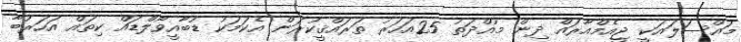
މައްސަލައަކީ ޖީއެމްއާރައް ދިން މުއްދަތު 25އަހަރު ތަރައްޤީކުރަން އެކަމަކު ޑުބާއީވޯލްޑައް ކިތައް އަހަރުބާ